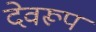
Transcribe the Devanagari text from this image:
देवरूप